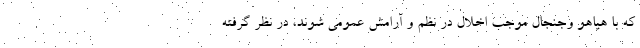
که با هیاهو وجنجال موجب اخلال در نظم و آرامش عمومی شوند، در نظر گرفته